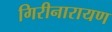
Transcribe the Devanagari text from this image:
गिरीनारायण